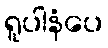
ရူပါနံပေ